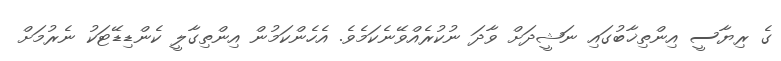
ގެ ރިޔާސީ އިންތިޚާބުގައި ނަޝީދަށް ވާދަ ނުކުރެއްވޭނެކަމެވެ. އެހެންކަމުން އިންތިގާލީ ކެންޑިޑޭޓަކު ނެރުމަށް